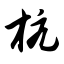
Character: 杭